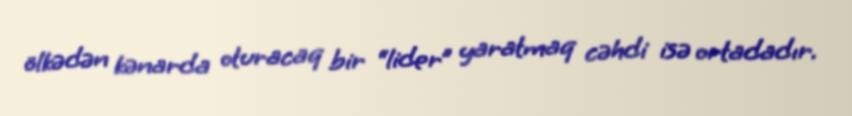
ölkədən kənarda oturacaq bir “lider” yaratmaq cəhdi isə ortadadır.